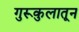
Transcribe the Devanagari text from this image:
गुरूकुलातून